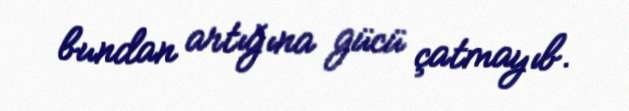
bundan artığına gücü çatmayıb.